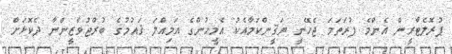
ޕުރޮލެޓާރީން އެންމެ ފުރަތަމަ ޖެހޭނީ ޔަޤީންކަމާއެކު އެމީހުންގެ އަމިއްލަ ޤައުމުގެ ބުރްޖުވާޒީންނާ ދެކޮޅަށް